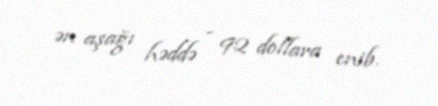
ən aşağı həddə - 92 dollara enib.